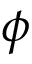
\phi